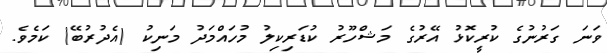
ވަނަ ގަރުނުގެ ކުރީކޮޅު އޭރުގެ މަޝްހޫރު ކުޑަރިކިލު މުހައްމަދު މަނިކު (އެދުރުބޭ) ކަމެވެ.